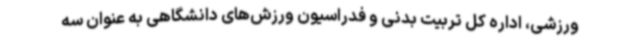
ورزشی، اداره کل تربیت بدنی و فدراسیون ورزش‌های دانشگاهی به عنوان سه